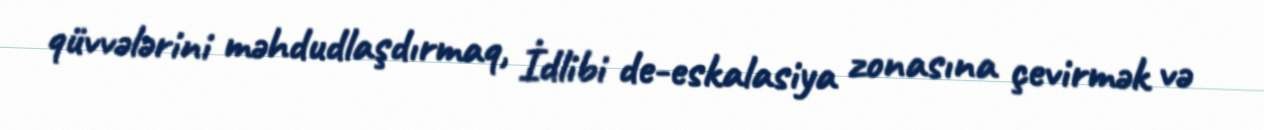
qüvvələrini məhdudlaşdırmaq, İdlibi de-eskalasiya zonasına çevirmək və